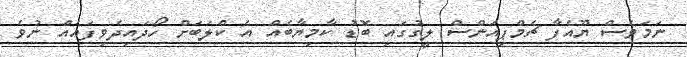
ނަމަވެސް ޔޫއެފާ ޗެމްޕިއަންސް ލީގުގައި ބޮޑު ކާމިޔާބެއް އެ ކްލަބަށް ހޯދައިދެވިފައެއް ނުވެ